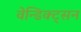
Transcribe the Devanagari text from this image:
वेन्डिक्ट्सन